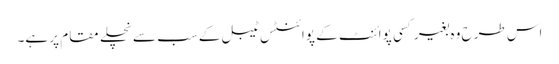
اس طرح وہ بغیر کسی پوائنٹ کے پوائنٹس ٹیبل کے سب سے نچلے مقام پر ہے۔